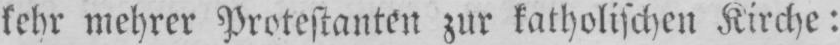
kehr mehrer Protestanten zur katholischen Kirche: